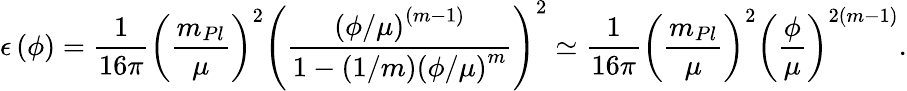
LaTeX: \epsilon\left(\phi\right)={\frac{1}{16\pi}}\left(\frac{m_{Pl}}{\mu}\right)^{2}\left({\frac{\left(\phi/\mu\right)^{(m-1)}}{1-\left(1/m\right)\left(\phi/\mu\right)^{m}}}\right)^{2}\simeq{\frac{1}{16\pi}}\left(\frac{m_{Pl}}{\mu}\right)^{2}\left(\frac{\phi}{\mu}\right)^{2(m-1)}.